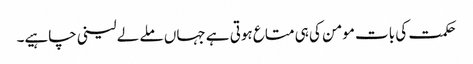
حکمت کی بات مومن کی ہی متاع ہوتی ہے جہاں ملے لے لینی چاہیے۔